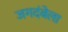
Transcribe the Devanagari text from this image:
जगदंबेला